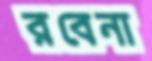
রবেনা